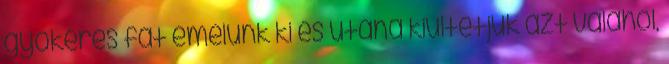
gyökeres fát emelünk ki és utána kiültetjük azt valahol,